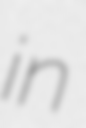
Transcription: in